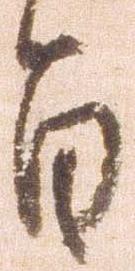
旨